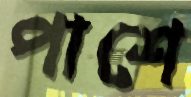
পাশে